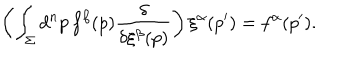
\left( \int _ { \Sigma } d ^ { n } p \, f ^ { \beta } ( p ) { \frac { \delta } { \delta \xi ^ { \beta } ( p ) } } \right) \xi ^ { \alpha } ( p ^ { \prime } ) = f ^ { \alpha } ( p ^ { \prime } ) .